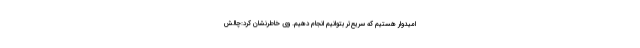
امیدوار هستیم که سریع‌تر بتوانیم انجام دهیم. وی خاطرنشان کرد:چالش